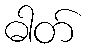
ဓါတ်